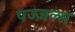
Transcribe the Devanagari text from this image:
पज्ज़ल्स